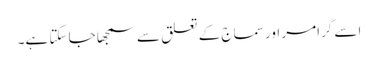
اسے گرامر اور سماج کے تعلق سے سمجھا جا سکتا ہے۔